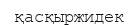
қасқыржидек